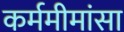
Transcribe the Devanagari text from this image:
कर्ममीमांसा